King Institute of Preventive Medicine Micro-Biological Section reports 1909-11
Year: 1909
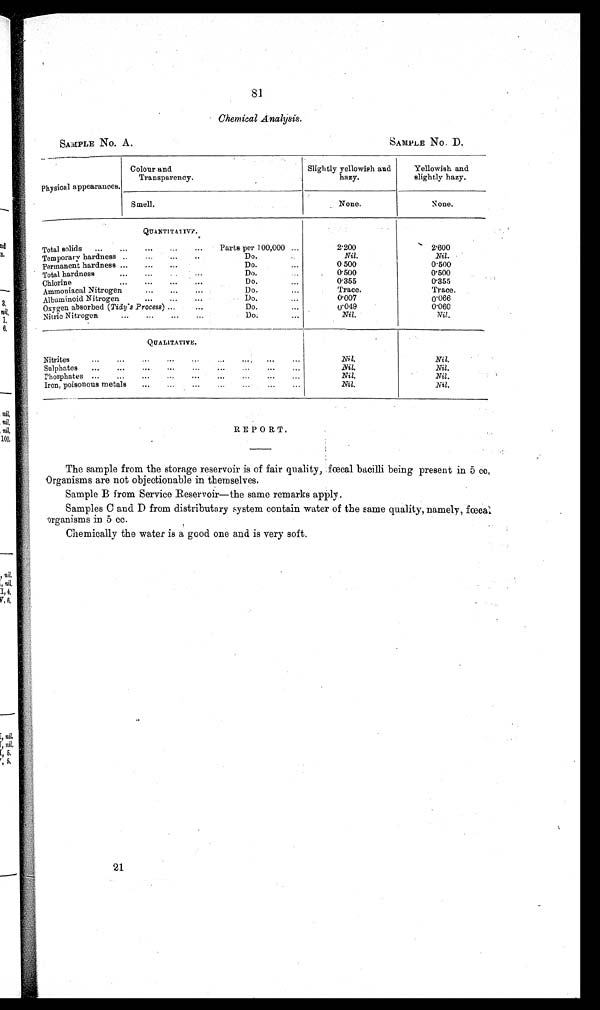
SAMPLE NO. A.
SAMPLE NO. D
81
Chemical Analysis.
Physical appearances.
Colour and
Transparency.
Slightly yellowish and
hazy.
Yellowish and
slightly hazy.
Smell.
None.
None.
QUANTITATIVE.
Total solids
...
...
...
...
...
Parts per 100,000 ...
2.200
2.600
Temporary hardness ..
...
...
..
Do.
Nil.
Nil.
Permanent hardness ...
Do.
0500
0 500
Total hardness
...
...
..
Do.
0 500
0.500
Chlorine
•••
...
...
..
Do.
...
0.355
0.355
Ammoniacal Nitrogen
...
...
...
Do.
...
Trace.
Trace.
Albuminoid Nitrogen
...
...
Do.
0 007
0 066
Oxygen absorbed (Tidy's Process) ...
Do.
0 049
0'066
Nitric Nitrogen
...
Do.
...
Nil.
Nil.
QUALITATIVE.
Nitrites
...
...
..
Nil.
N i l
.
Sulphates
...
..
...
...
..
Nil.
Nil.
Phosphates
...
...
...
...
..
Nil.
Nil.
Iron, poisonous metals
...
......
...
Nil.
Nil.
REPORT.
The sample from the storage reservoir is of fair quality, fœcal bacilli being present in 5 cc,
Organisms are not objectionable in themselves.
Sample B from Service Reservoir—the same remarks apply.
Samples C and D from distributary system contain water of the same quality, namely, fœcal
organisms in 5 cc.
Chemically the water is a good one and is very soft.
21